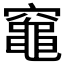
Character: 𥨫